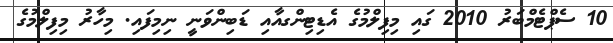
10 ސެޕްޓެމްބަރު 2010 ގައި މިފިލްމުގެ އެޑިޓިންގއާއި ޑަބިންވަނީ ނިމިފައި. މިހާރު މިފިލްމުގެ